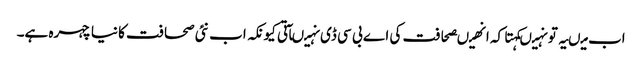
اب میںیہ تو نہیںکہتا کہ انھیںصحافت کی اے بی سی ڈی نہیںآتی کیونکہ اب نئی صحافت کا نیا چہرہ ہے۔